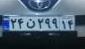
۲۴ن۲۹۹۱۴